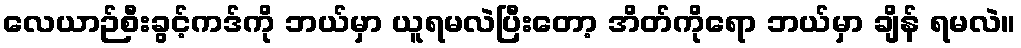
လေယာဉ်စီးခွင့်ကဒ်ကို ဘယ်မှာ ယူရမလဲပြီးတော့ အိတ်ကိုရော ဘယ်မှာ ချိန် ရမလဲ။